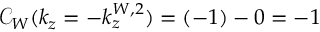
\mathcal { C } _ { W } ( k _ { z } = - k _ { z } ^ { W , 2 } ) = ( - 1 ) - 0 = - 1